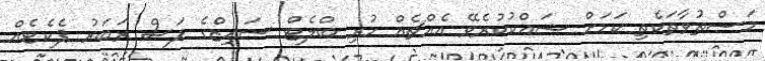
މަސްތުވާތަކެތި ކަމަށް ޝައްކުކުރެވޭ އެއްޗެއް ހުރި ބްލެޓް ސައިޒްގެ ފަސް ރަބަރު ޕެކެޓެއް